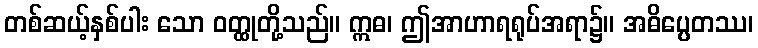
တစ်ဆယ့်နှစ်ပါး သော ဝတ္ထုတို့သည်။ ဣဓ၊ ဤအာဟာရရုပ်အရာ၌။ အဓိပ္ပေတဿ၊